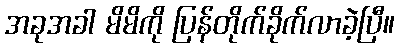
အခုအခါ မိမိကို ပြန်တိုက်ခိုက်လာခဲ့ပြီ။